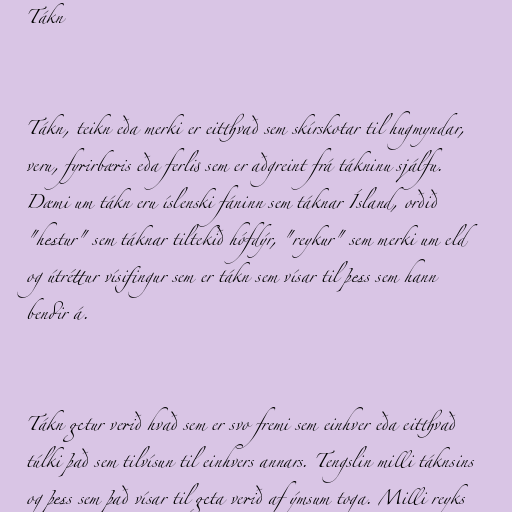
Tákn

Tákn, teikn eða merki er eitthvað sem skírskotar til hugmyndar,
veru, fyrirbæris eða ferlis sem er aðgreint frá tákninu sjálfu.
Dæmi um tákn eru íslenski fáninn sem táknar Ísland, orðið
"hestur" sem táknar tiltekið hófdýr, "reykur" sem merki um eld
og útréttur vísifingur sem er tákn sem vísar til þess sem hann
bendir á.

Tákn getur verið hvað sem er svo fremi sem einhver eða eitthvað
túlki það sem tilvísun til einhvers annars. Tengslin milli táknsins
og þess sem það vísar til geta verið af ýmsum toga. Milli reyks